Vaccination in Bombay 1924-1928 - 1924-1928
Year: 1924
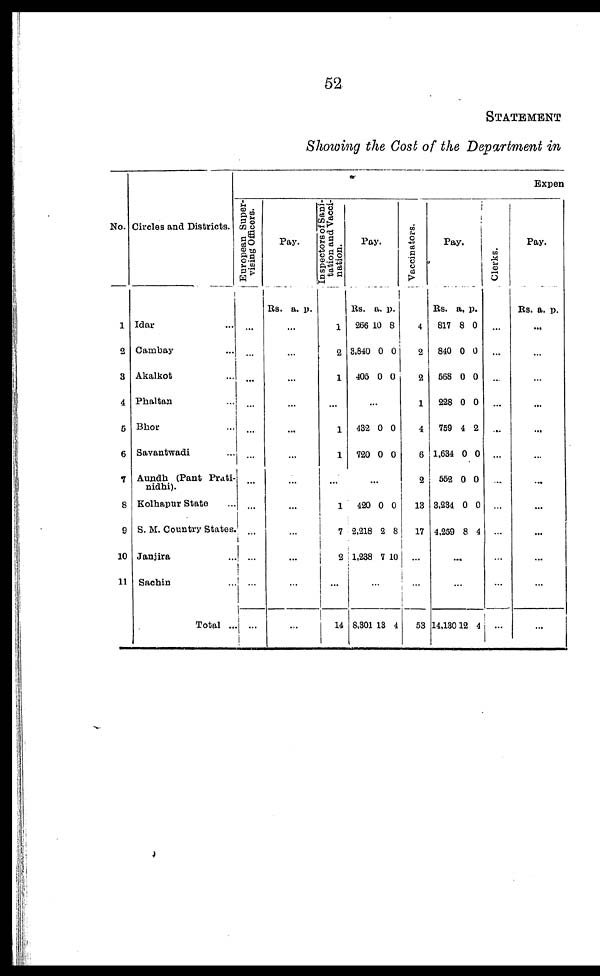
52
STATEMENT
Showing the Cost of the Department in
No.
1
2
3
4
5
6
7
8
9
10
11
Circles and Districts.
Idar ...
Cambay ...
Akalkot ...
Phaltan
...
Bhor ...
Savantwadi ...
Aundh (Pant Prati¬
nidhi).
Kolhapur State ...
S. M. Country States.
Janjira ...
Sachin ...
Total ...
Expen
European Super-
vising Officers.
...
...
...
...
...
...
...
...
...
...
...
...
Pay.
Rs. a. p.
...
...
...
...
...
...
...
...
...
...
...
...
Inspectors of Sani-
tation and Vacci¬
nation.
1
2
1
...
1
1
...
1
7
2
...
14
Pay.
Rs.
266
3,840
405
a.
10
0
0
p.
8
0
0
...
432
720
0
0
0
0
...
420
2,218
1,238
0
2
7
0
8
10
...
8,301 13 4
Vaccinators.
4
2
2
1
4
6
2
13
17
...
...
53
Pay.
Rs.
817
840
568
228
769
1,634
552
3,234
4,259
a.
8
0
0
0
4
0
0
0
8
p.
0
0
0
0
2
0
0
0
4
...
...
14,130 12 4
Clerks.
...
...
...
...
...
...
...
...
...
...
...
...
Pay.
Rs. a. p.
...
...
...
...
...
...
...
...
...
...
...
...